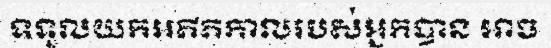
ទទួលយកអតីតកាលរបស់អ្នកបាន អាច